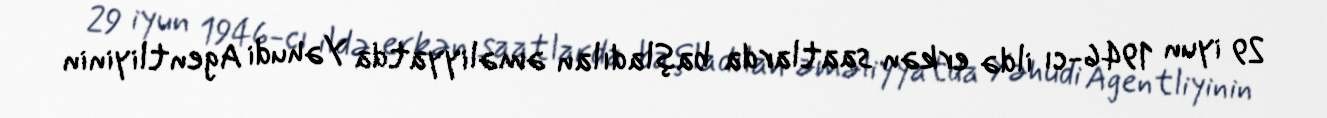
29 iyun 1946-cı ildə erkən saatlarda başladılan əməliyyatda Yəhudi Agentliyinin